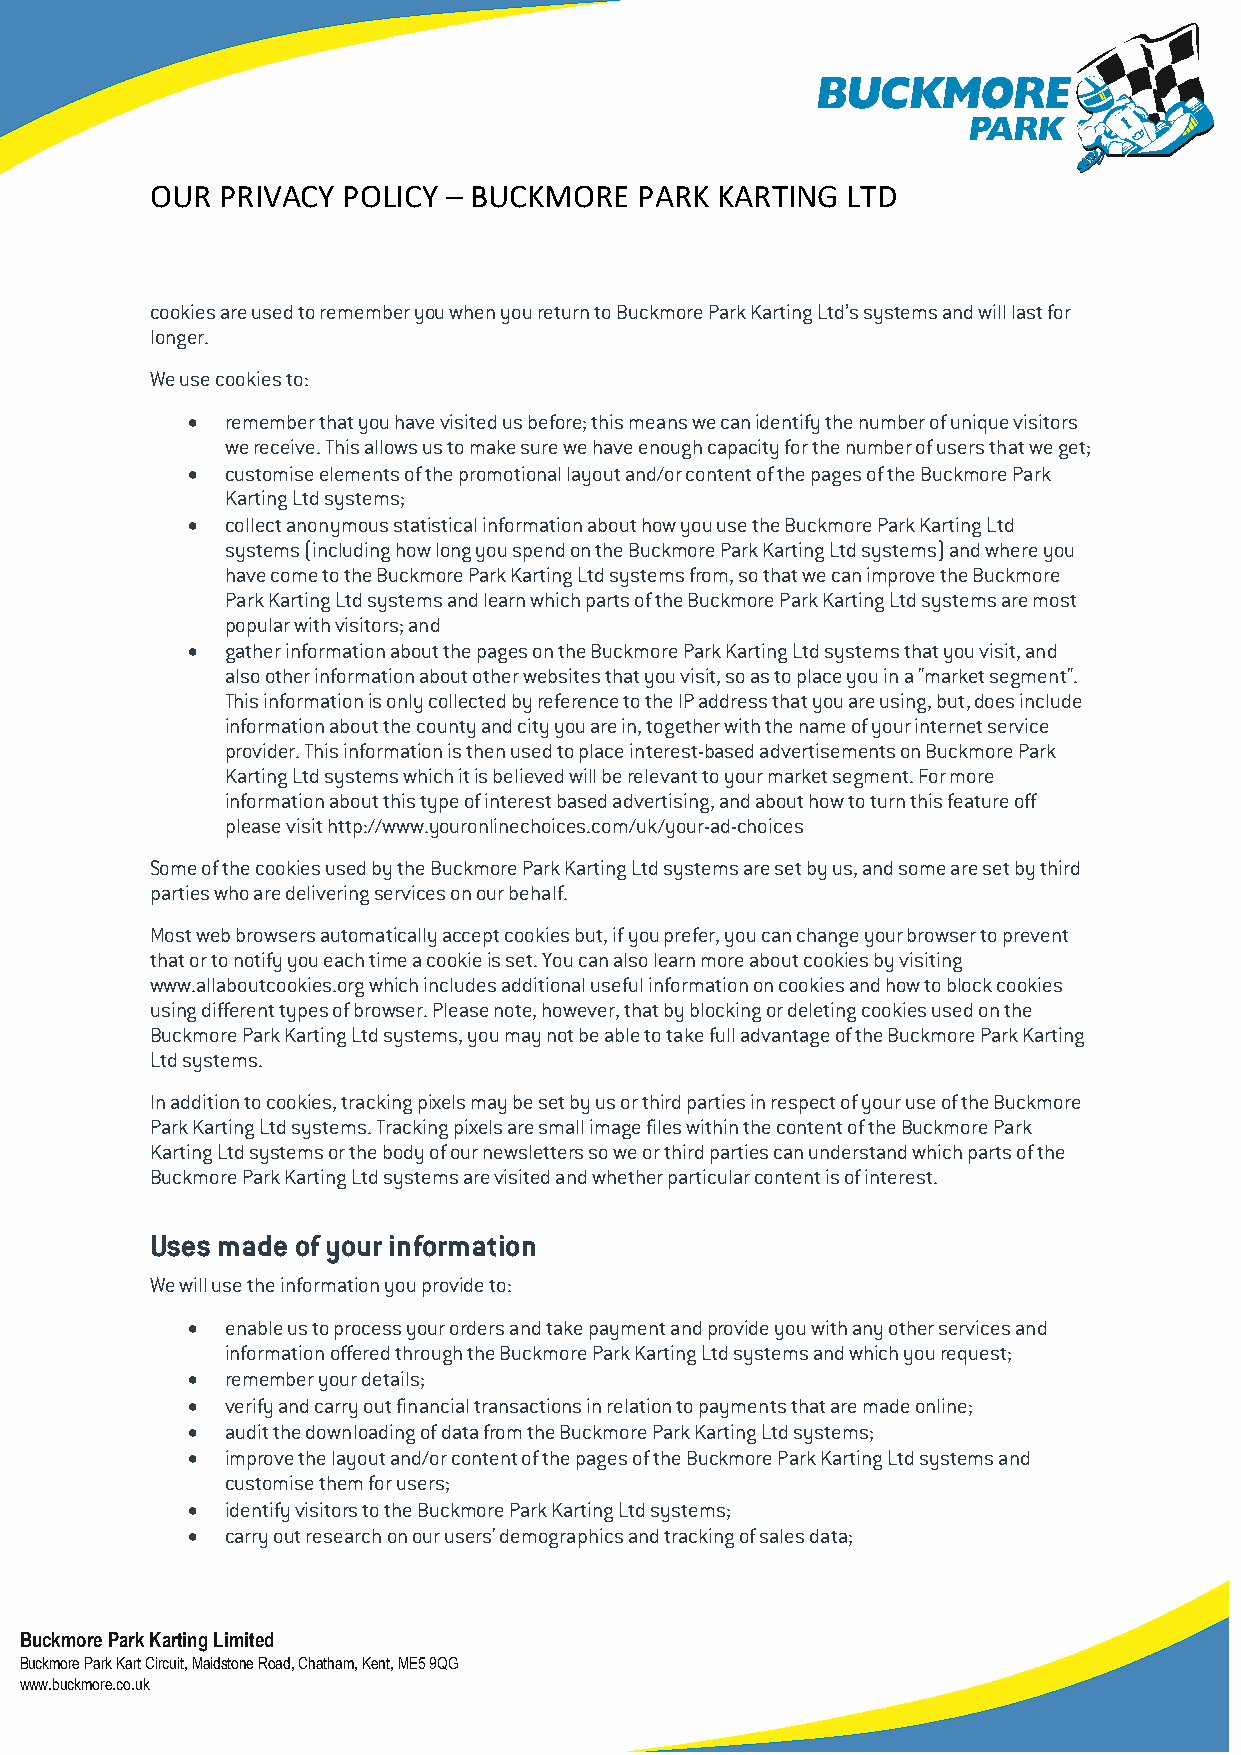
OUR PRIVACY  POLICY – BUCKMORE  PARK KARTING  LTD
 cookies are used to remember you when you return to Buckmore Park Karting Ltd’s systems and will last for
 longer.
 We use cookies to:
 •  remember that you have visited us before; this means we can identify the number of unique visitors
 we receive. This allows us to make sure we have enough capacity for the number of users that we get;
 •  customise elements of the promotional layout and/or content of the pages of the Buckmore Park
 Karting Ltd systems;
 •  collect anonymous statistical information about how you use the Buckmore Park Karting Ltd
 systems (including how long you spend on the Buckmore Park Karting Ltd systems) and where you
 have come to the Buckmore Park Karting Ltd systems from, so that we can improve the Buckmore
 Park Karting Ltd systems and learn which parts of the Buckmore Park Karting Ltd systems are most
 popular with visitors; and
 •  gather information about the pages on the Buckmore Park Karting Ltd systems that you visit, and
 also other information about other websites that you visit, so as to place you in a "market segment".
 This information is only collected by reference to the IP address that you are using, but, does include
 information about the county and city you are in, together with the name of your internet service
 provider. This information is then used to place interest-based advertisements on Buckmore Park
 Karting Ltd systems which it is believed will be relevant to your market segment. For more
 information about this type of interest based advertising, and about how to turn this feature off
 please visit http://www.youronlinechoices.com/uk/your-ad-choices
 Some of the cookies used by the Buckmore Park Karting Ltd systems are set by us, and some are set by third
 parties who are delivering services on our behalf.
 Most web browsers automatically accept cookies but, if you prefer, you can change your browser to prevent
 that or to notify you each time a cookie is set. You can also learn more about cookies by visiting
 www.allaboutcookies.org which includes additional useful information on cookies and how to block cookies
 using different types of browser. Please note, however, that by blocking or deleting cookies used on the
 Buckmore Park Karting Ltd systems, you may not be able to take full advantage of the Buckmore Park Karting
 Ltd systems.
 In addition to cookies, tracking pixels may be set by us or third parties in respect of your use of the Buckmore
 Park Karting Ltd systems. Tracking pixels are small image files within the content of the Buckmore Park
 Karting Ltd systems or the body of our newsletters so we or third parties can understand which parts of the
 Buckmore Park Karting Ltd systems are visited and whether particular content is of interest.
 Uses made of your information
 We will use the information you provide to:
 •  enable us to process your orders and take payment and provide you with any other services and
 information offered through the Buckmore Park Karting Ltd systems and which you request;
 •  remember your details;
 •  verify and carry out financial transactions in relation to payments that are made online;
 •  audit the downloading of data from the Buckmore Park Karting Ltd systems;
 •  improve the layout and/or content of the pages of the Buckmore Park Karting Ltd systems and
 customise them for users;
 •  identify visitors to the Buckmore Park Karting Ltd systems;
 •  carry out research on our users' demographics and tracking of sales data;
 Buckmore Park Karting Limited
 Buckmore Park Kart Circuit, Maidstone Road, Chatham, Kent, ME5 9QG
 www.buckmore.co.uk